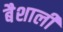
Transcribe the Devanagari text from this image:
बैशाली